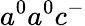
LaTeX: a^{0}a^{0}c^{-}